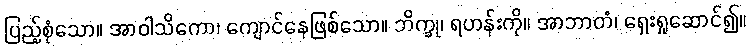
ပြည့်စုံသော။ အာဝါသိကော၊ ကျောင်နေဖြစ်သော။ ဘိက္ခု၊ ရဟန်းကို။ အာဘာတံ၊ ရှေးရှုဆောင်၍။